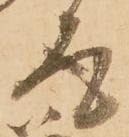
存